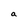
Character: a